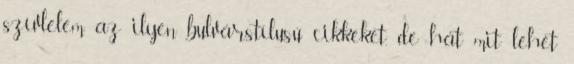
szívlelem az ilyen bulvárstílusú cikkeket, de hát mit lehet